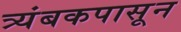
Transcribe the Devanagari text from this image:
त्र्यंबकपासून